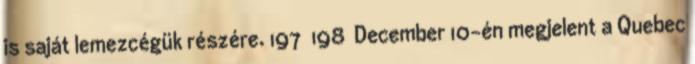
is saját lemezcégük részére. 197 198 December 10-én megjelent a Quebec